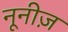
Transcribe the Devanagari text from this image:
नूनीज़